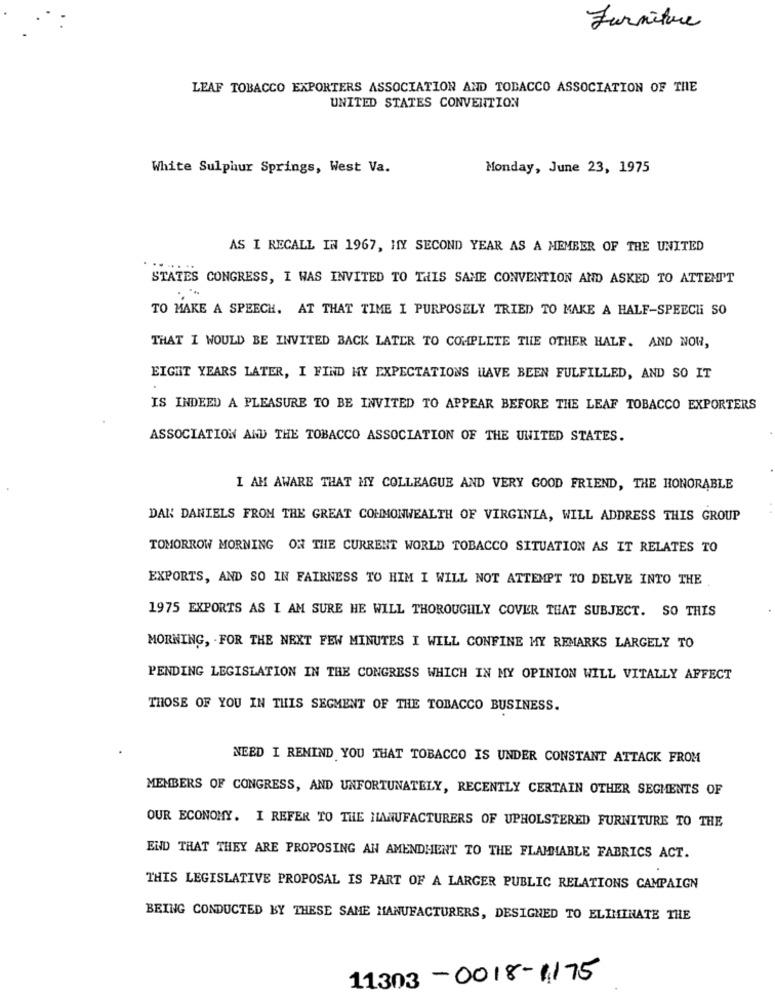
Furniture
LEAF TOBACCO EXPORTERS ASSOCIATION AND TOBACCO ASSOCIATION OF THE
UNITED STATES CONVENTION
White Sulphur Springs, West Va.
Monday, June 23, 1975
AS I RECALL IN 1967, MY SECOND YEAR AS A MEMBER OF THE UNITED
STATES CONGRESS, I WAS INVITED TO THIS SAME CONVENTION AND ASKED TO ATTEMPT
TO MAKE A SPEECH. AT THAT TIME I PURPOSELY TRIED TO MAKE A HALF-SPEECH SO
THAT I WOULD BE INVITED BACK LATER TO COMPLETE THE OTHER HALF. AND NOW,
EIGHT YEARS LATER, I FIND MY EXPECTATIONS HAVE BEEN FULFILLED, AND SO IT
IS INDEED A PLEASURE TO BE INVITED TO APPEAR BEFORE THE LEAF TOBACCO EXPORTERS
ASSOCIATION AND THE TOBACCO ASSOCIATION OF THE UNITED STATES.
I AM AWARE THAT MY COLLEAGUE AND VERY GOOD FRIEND, THE HONORABLE
DAK DANIELS FROM THE GREAT COMMONWEALTH OF VIRGINIA, WILL ADDRESS THIS GROUP
TOMORROW MORNING ON THE CURRENT WORLD TOBACCO SITUATION AS IT RELATES TO
EXPORTS, AND SO IN FAIRNESS TO HIM I WILL NOT ATTEMPT TO DELVE INTO THE
1975 EXPORTS AS I AM SURE HE WILL THOROUGHLY COVER THAT SUBJECT. SO THIS
MORNING, . FOR THE NEXT FEW MINUTES I WILL CONFINE MY REMARKS LARGELY TO
PENDING LEGISLATION IN THE CONGRESS WHICH IN MY OPINION WILL VITALLY AFFECT
THOSE OF YOU IN THIS SEGMENT OF THE TOBACCO BUSINESS.
NEED I REMIND YOU THAT TOBACCO IS UNDER CONSTANT ATTACK FROM
MEMBERS OF CONGRESS, AND UNFORTUNATELY, RECENTLY CERTAIN OTHER SEGMENTS OF
OUR ECONOMY. I REFER TO THE MANUFACTURERS OF UPHOLSTERED FURNITURE TO THE
END THAT THEY ARE PROPOSING AN AMENDMENT TO THE FLAMMABLE FABRICS ACT.
THIS LEGISLATIVE PROPOSAL IS PART OF A LARGER PUBLIC RELATIONS CAMPAIGN
BEING CONDUCTED BY THESE SAME MANUFACTURERS, DESIGNED TO ELIMINATE THE
11303-0018-1175